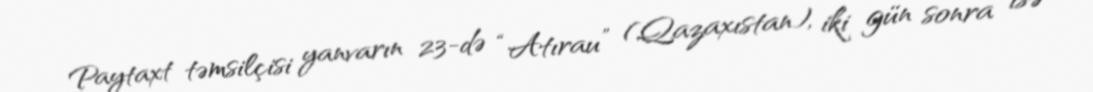
Paytaxt təmsilçisi yanvarın 23-də “Atırau” (Qazaxıstan), iki gün sonra isə